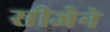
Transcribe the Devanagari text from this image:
सीजेने